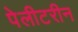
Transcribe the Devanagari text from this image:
पेलीटरीन